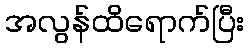
အလွန်ထိရောက်ပြီး